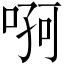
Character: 𠶄